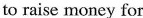
to raise money for